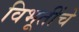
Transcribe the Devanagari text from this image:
विभूतींचे